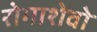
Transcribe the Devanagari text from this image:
रोगाशेवो